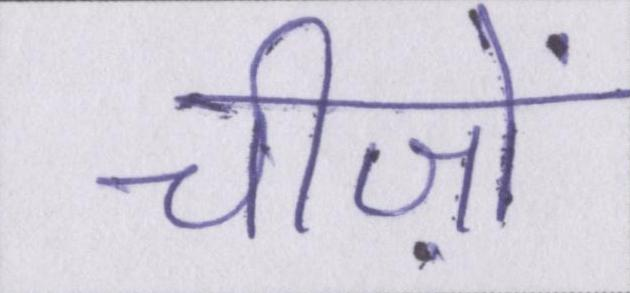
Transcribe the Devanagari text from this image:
चीज़ों